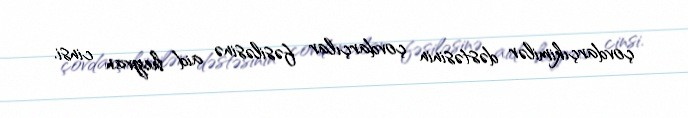
çovdarçıkimilər dəstəsinin çovdarçılar fəsiləsinə aid heyvan cinsi.